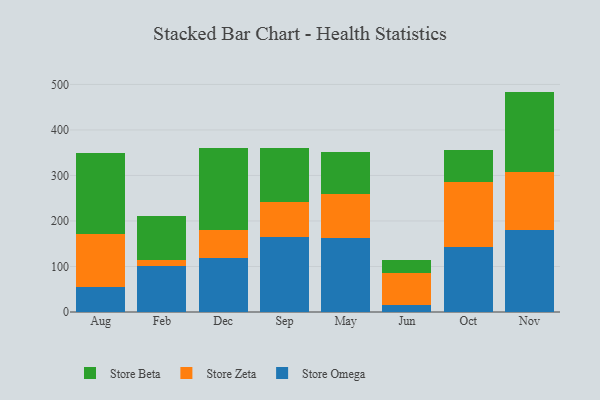
{"axis": {"x": "Month", "y": "Gross Profit (USD K)"}, "legend": ["Store Beta", "Store Omega", "Store Zeta"], "data": [{"x": "Aug", "y": 54.7, "type": "Store Omega"}, {"x": "Aug", "y": 116.4, "type": "Store Zeta"}, {"x": "Aug", "y": 178.1, "type": "Store Beta"}, {"x": "Feb", "y": 101.7, "type": "Store Omega"}, {"x": "Feb", "y": 11.5, "type": "Store Zeta"}, {"x": "Feb", "y": 96.9, "type": "Store Beta"}, {"x": "Dec", "y": 118.0, "type": "Store Omega"}, {"x": "Dec", "y": 61.7, "type": "Store Zeta"}, {"x": "Dec", "y": 179.9, "type": "Store Beta"}, {"x": "Sep", "y": 164.7, "type": "Store Omega"}, {"x": "Sep", "y": 77.7, "type": "Store Zeta"}, {"x": "Sep", "y": 118.0, "type": "Store Beta"}, {"x": "May", "y": 162.3, "type": "Store Omega"}, {"x": "May", "y": 96.4, "type": "Store Zeta"}, {"x": "May", "y": 93.7, "type": "Store Beta"}, {"x": "Jun", "y": 15.6, "type": "Store Omega"}, {"x": "Jun", "y": 70.2, "type": "Store Zeta"}, {"x": "Jun", "y": 29.0, "type": "Store Beta"}, {"x": "Oct", "y": 143.0, "type": "Store Omega"}, {"x": "Oct", "y": 142.2, "type": "Store Zeta"}, {"x": "Oct", "y": 70.4, "type": "Store Beta"}, {"x": "Nov", "y": 179.5, "type": "Store Omega"}, {"x": "Nov", "y": 127.3, "type": "Store Zeta"}, {"x": "Nov", "y": 177.5, "type": "Store Beta"}]}